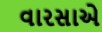
વારસાએ